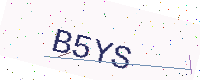
Text: B5YS